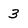
Character: 3